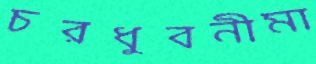
চরধুবনীমা